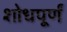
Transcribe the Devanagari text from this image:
शोधपूर्णं